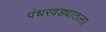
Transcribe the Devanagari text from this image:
पंधरवड्यातला